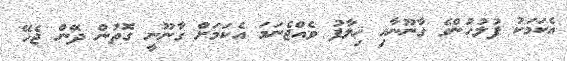
އެކަމަކު ފުލުހުންގެ ގާނޫނާއި ޚިލާފު ވެއްޖެނަމަ އެކަމަށް ގާނޫނީ ގޮތުން ދޭން ޖެހޭ